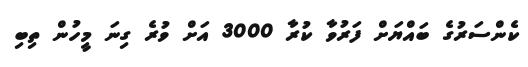
ކެންސަރުގެ ބައްޔަށް ފަރުވާ ކުރާ 3000 އަށް ވުރެ ގިނަ މީހުން ތިބި